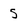
Character: 5